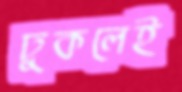
ঢুকলেই